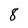
Character: 8